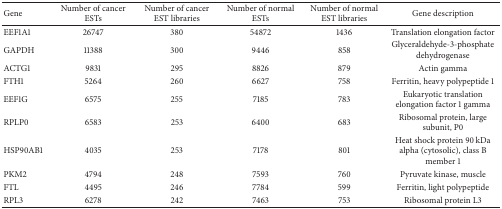
<table><thead><tr><td><b>Gene</b></td><td><b>Number of cancer ESTs</b></td><td><b>Number of cancer EST libraries</b></td><td><b>Number of normal ESTs</b></td><td><b>Number of normal EST libraries</b></td><td><b>Gene description</b></td></tr></thead><tbody><tr><td>EEF1A1</td><td>26747</td><td>380</td><td>54872</td><td>1436</td><td>Translation elongation factor</td></tr><tr><td>GAPDH</td><td>11388</td><td>300</td><td>9446</td><td>858</td><td>Glyceraldehyde-3-phosphate dehydrogenase</td></tr><tr><td>ACTG1</td><td>9831</td><td>295</td><td>8826</td><td>879</td><td>Actin gamma</td></tr><tr><td>FTH1</td><td>5264</td><td>260</td><td>6627</td><td>758</td><td>Ferritin, heavy polypeptide 1</td></tr><tr><td>EEF1G</td><td>6575</td><td>255</td><td>7185</td><td>783</td><td>Eukaryotic translation elongation factor 1 gamma</td></tr><tr><td>RPLP0</td><td>6583</td><td>253</td><td>6400</td><td>683</td><td>Ribosomal protein, large subunit, P0</td></tr><tr><td>HSP90AB1</td><td>4035</td><td>253</td><td>7178</td><td>801</td><td>Heat shock protein 90 kDa alpha (cytosolic), class B member 1</td></tr><tr><td>PKM2</td><td>4794</td><td>248</td><td>7593</td><td>760</td><td>Pyruvate kinase, muscle</td></tr><tr><td>FTL</td><td>4495</td><td>246</td><td>7784</td><td>599</td><td>Ferritin, light polypeptide</td></tr><tr><td>RPL3</td><td>6278</td><td>242</td><td>7463</td><td>753</td><td>Ribosomal protein L3</td></tr></tbody></table>